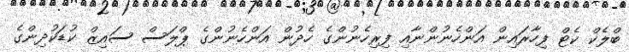
ބްލެކް ކެޓް ފިހާރައިން އަންހެނުންނާއި ފިރިހެނުންގެ ހެދުން އަންހެނުންގެ ޕްލަސް ސައިޒް ކުޑަކުދިންގެ